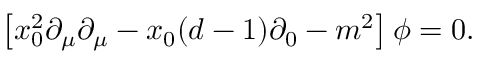
\left[ x _ { 0 } ^ { 2 } \partial _ { \mu } \partial _ { \mu } - x _ { 0 } ( d - 1 ) \partial _ { 0 } - m ^ { 2 } \right] \phi = 0 .